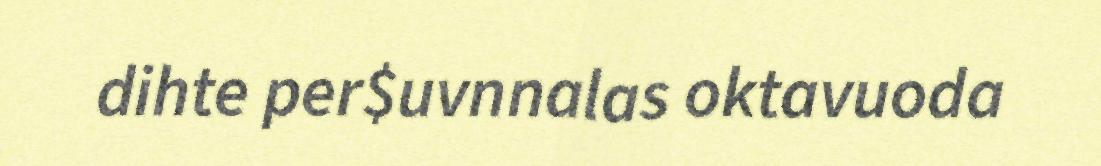
dihte per$uvnnalas oktavuoda